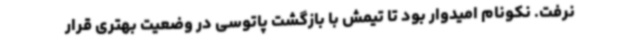
نرفت. نکونام امیدوار بود تا تیمش با بازگشت پاتوسی در وضعیت بهتری قرار